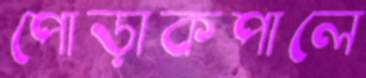
পোড়াকপালে